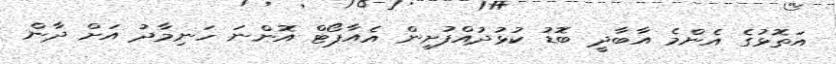
އަތޮޅުގެ އެންމެ އާބާދީ ބޮޑު ކުޅުދުއްފުށިން އެއާޕޯޓް އޮންނަ ހަނިމާދު އަށް ދާން